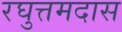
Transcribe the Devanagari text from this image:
रघुत्तमदास